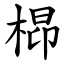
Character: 㭿